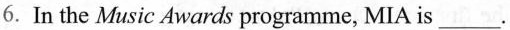
6.In the Music Awards programme, MIA is___.